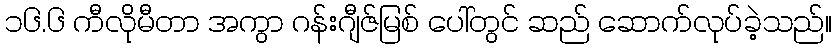
၁၆.၆ ကီလိုမီတာ အကွာ ဂန်းဂျီဇ်မြစ် ပေါ်တွင် ဆည် ဆောက်လုပ်ခဲ့သည်။